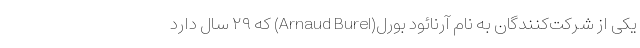
یکی از شرکت‌کنندگان به نام آرنائود بورل(Arnaud Burel) که ۲۹ سال دارد